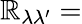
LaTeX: \mathbb{R}_{\lambda\lambda^{\prime}}=